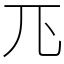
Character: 𭀖